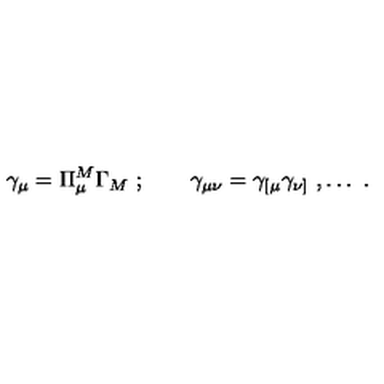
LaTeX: \gamma _ { \mu } = \Pi _ { \mu } ^ { M } \Gamma _ { M } \ ; \qquad \gamma _ { \mu \nu } = \gamma _ { [ \mu } \gamma _ { \nu ] } \ , \ldots \ .